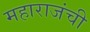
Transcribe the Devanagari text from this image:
महाराजंची